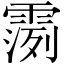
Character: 𫕪